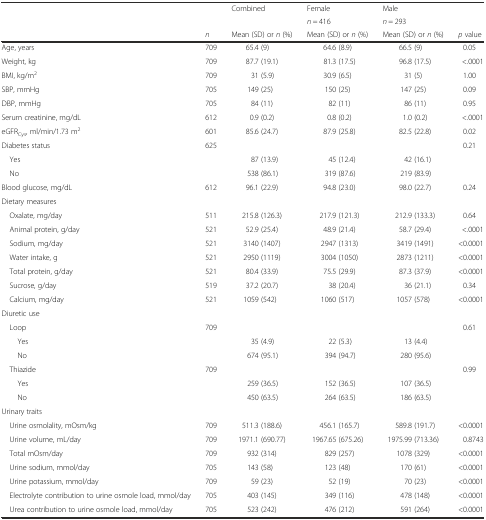
<table><thead><tr><td></td><td></td><td><b>Combined</b></td><td><b>Female</b></td><td><b>Male</b></td><td></td></tr><tr><td></td><td></td><td></td><td><b><i>n</i> = 416</b></td><td><b><i>n</i> = 293</b></td><td></td></tr><tr><td></td><td><b><i>n</i></b></td><td><b>Mean (SD) or <i>n</i> (%)</b></td><td><b>Mean (SD) or <i>n</i> (%)</b></td><td><b>Mean (SD) or <i>n</i> (%)</b></td><td><b><i>p</i> value</b></td></tr></thead><tbody><tr><td>Age, years</td><td>709</td><td>65.4 (9)</td><td>64.6 (8.9)</td><td>66.5 (9)</td><td>0.05</td></tr><tr><td>Weight, kg</td><td>709</td><td>87.7 (19.1)</td><td>81.3 (17.5)</td><td>96.8 (17.5)</td><td>&lt;.0001</td></tr><tr><td>BMI, kg/m<sup>2</sup></td><td>709</td><td>31 (5.9)</td><td>30.9 (6.5)</td><td>31 (5)</td><td>1.00</td></tr><tr><td>SBP, mmHg</td><td>705</td><td>149 (25)</td><td>150 (25)</td><td>147 (25)</td><td>0.09</td></tr><tr><td>DBP, mmHg</td><td>705</td><td>84 (11)</td><td>82 (11)</td><td>86 (11)</td><td>0.95</td></tr><tr><td>Serum creatinine, mg/dL</td><td>612</td><td>0.9 (0.2)</td><td>0.8 (0.2)</td><td>1.0 (0.2)</td><td>&lt;.0001</td></tr><tr><td>eGFR<sub>Cys</sub>, ml/min/1.73 m<sup>2</sup></td><td>601</td><td>85.6 (24.7)</td><td>87.9 (25.8)</td><td>82.5 (22.8)</td><td>0.02</td></tr><tr><td>Diabetes status</td><td>625</td><td></td><td></td><td></td><td>0.21</td></tr><tr><td> Yes</td><td></td><td>87 (13.9)</td><td>45 (12.4)</td><td>42 (16.1)</td><td></td></tr><tr><td> No</td><td></td><td>538 (86.1)</td><td>319 (87.6)</td><td>219 (83.9)</td><td></td></tr><tr><td>Blood glucose, mg/dL</td><td>612</td><td>96.1 (22.9)</td><td>94.8 (23.0)</td><td>98.0 (22.7)</td><td>0.24</td></tr><tr><td>Dietary measures</td><td></td><td></td><td></td><td></td><td></td></tr><tr><td> Oxalate, mg/day</td><td>511</td><td>215.8 (126.3)</td><td>217.9 (121.3)</td><td>212.9 (133.3)</td><td>0.64</td></tr><tr><td> Animal protein, g/day</td><td>521</td><td>52.9 (25.4)</td><td>48.9 (21.4)</td><td>58.7 (29.4)</td><td>&lt;.0001</td></tr><tr><td> Sodium, mg/day</td><td>521</td><td>3140 (1407)</td><td>2947 (1313)</td><td>3419 (1491)</td><td>&lt;0.0001</td></tr><tr><td> Water intake, g</td><td>521</td><td>2950 (1119)</td><td>3004 (1050)</td><td>2873 (1211)</td><td>&lt;0.0001</td></tr><tr><td> Total protein, g/day</td><td>521</td><td>80.4 (33.9)</td><td>75.5 (29.9)</td><td>87.3 (37.9)</td><td>&lt;0.0001</td></tr><tr><td> Sucrose, g/day</td><td>519</td><td>37.2 (20.7)</td><td>38 (20.4)</td><td>36 (21.1)</td><td>0.34</td></tr><tr><td> Calcium, mg/day</td><td>521</td><td>1059 (542)</td><td>1060 (517)</td><td>1057 (578)</td><td>&lt;0.0001</td></tr><tr><td>Diuretic use</td><td></td><td></td><td></td><td></td><td></td></tr><tr><td> Loop</td><td>709</td><td></td><td></td><td></td><td>0.61</td></tr><tr><td>Yes</td><td></td><td>35 (4.9)</td><td>22 (5.3)</td><td>13 (4.4)</td><td></td></tr><tr><td>No</td><td></td><td>674 (95.1)</td><td>394 (94.7)</td><td>280 (95.6)</td><td></td></tr><tr><td> Thiazide</td><td>709</td><td></td><td></td><td></td><td>0.99</td></tr><tr><td>Yes</td><td></td><td>259 (36.5)</td><td>152 (36.5)</td><td>107 (36.5)</td><td></td></tr><tr><td>No</td><td></td><td>450 (63.5)</td><td>264 (63.5)</td><td>186 (63.5)</td><td></td></tr><tr><td>Urinary traits</td><td></td><td></td><td></td><td></td><td></td></tr><tr><td> Urine osmolality, mOsm/kg</td><td>709</td><td>511.3 (188.6)</td><td>456.1 (165.7)</td><td>589.8 (191.7)</td><td>&lt;0.0001</td></tr><tr><td> Urine volume, mL/day</td><td>709</td><td>1971.1 (690.77)</td><td>1967.65 (675.26)</td><td>1975.99 (713.36)</td><td>0.8743</td></tr><tr><td> Total mOsm/day</td><td>709</td><td>932 (314)</td><td>829 (257)</td><td>1078 (329)</td><td>&lt;0.0001</td></tr><tr><td> Urine sodium, mmol/day</td><td>705</td><td>143 (58)</td><td>123 (48)</td><td>170 (61)</td><td>&lt;0.0001</td></tr><tr><td> Urine potassium, mmol/day</td><td>709</td><td>59 (23)</td><td>52 (19)</td><td>70 (23)</td><td>&lt;0.0001</td></tr><tr><td> Electrolyte contribution to urine osmole load, mmol/day</td><td>705</td><td>403 (145)</td><td>349 (116)</td><td>478 (148)</td><td>&lt;0.0001</td></tr><tr><td> Urea contribution to urine osmole load, mmol/day</td><td>705</td><td>523 (242)</td><td>476 (212)</td><td>591 (264)</td><td>&lt;0.0001</td></tr></tbody></table>